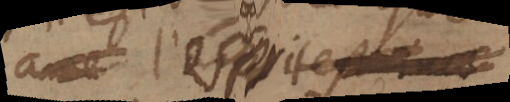
ame l’esprit